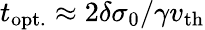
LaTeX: t_{\mathrm{opt.}}\approx 2\delta\sigma_{0}/\gamma v_{\mathrm{th}}